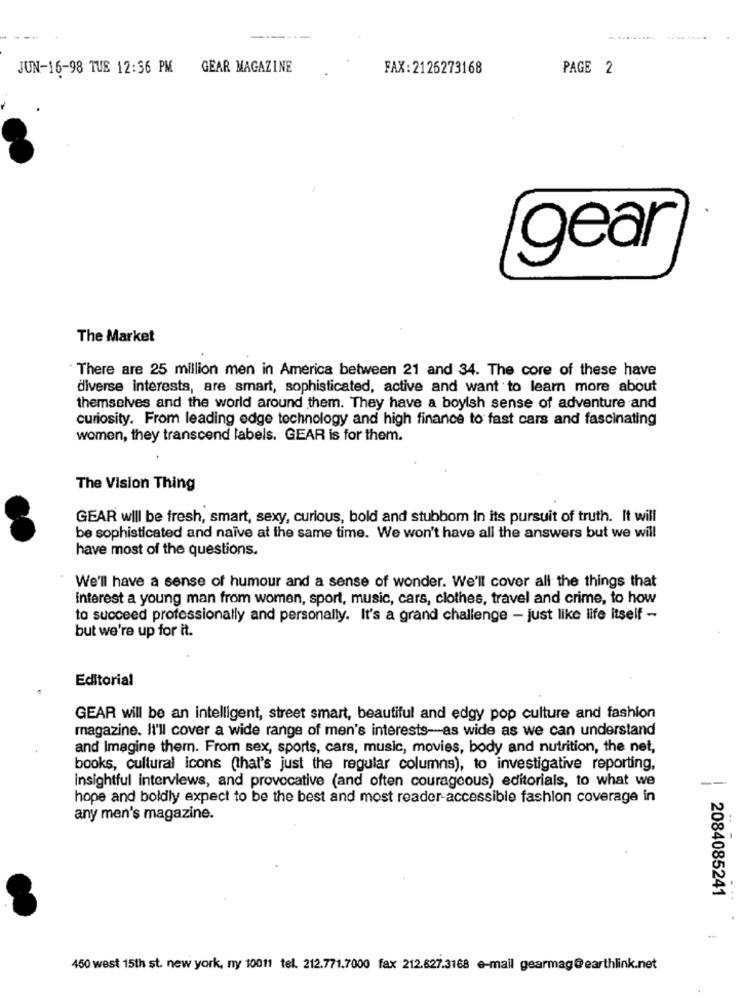
---
JUN-16-98 TUE 12:56 PM
GEAR MAGAZINE
FAX:2126273168
PAGE 2
gear
The Market
There are 25 million men in America between 21 and 34. The core of these have
diverse interests, are smart, sophisticated, active and want to learn more about
themselves and the world around them. They have a boyish sense of adventure and
curiosity. From leading edge technology and high finance to fast cars and fascinating
women, they transcend labels. GEAR is for them.
The Vision Thing
GEAR will be fresh, smart, sexy, curious, bold and stubbom in its pursuit of truth. It will
be sophisticated and naive at the same time. We won't have all the answers but we will
have most of the questions.
We'll have a sense of humour and a sense of wonder. We'll cover all the things that
interest a young man from women, sport, music, cars, clothes, travel and crime, to how
to succeed professionally and personally. It's a grand challenge - just like life itself -
but we're up for it.
Editorial
GEAR will be an intelligent, street smart, beautiful and edgy pop culture and fashion
magazine. Il'll cover a wide range of men's interests-as wide as we can understand
and Imagine them. From sex, sports, cars, music, movies, body and nutrition, the net,
books, cultural icons (that's just the regular columns), to investigative reporting,
insightful interviews, and provocative (and often courageous) editorials, to what we
--
hope and boldly expect to be the best and most reader-accessible fashion coverage in
any men's magazine.
2084085241
-
450 west 15th st. new york, ny 10011 tel. 212.771.7000 fax 212.627.3168 e-mail gearmag@earthlink.net